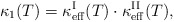
\begin{align*}\kappa_1(T)=\kappa_{\rm eff}^{\rm I}(T)\cdot\kappa_{\rm eff}^{\rm II}(T),\end{align*}